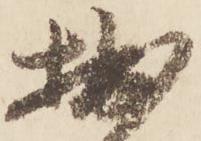
拙